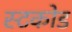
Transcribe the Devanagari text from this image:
स्टकोड